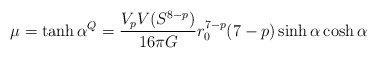
\begin{align*} \mu = \tanh \alpha \sp Q = \frac{V_pV(S^{8-p})}{16\pi G} r_0^{7-p} (7-p) \sinh \alpha \cosh \alpha\end{align*}